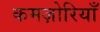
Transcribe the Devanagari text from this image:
कमज़ोरियाँ